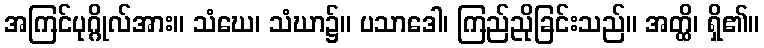
အကြင်ပုဂ္ဂိုလ်အား။ သံဃေ၊ သံဃာ၌။ ပသာဒေါ၊ ကြည်ညိုခြင်းသည်။ အတ္ထိ၊ ရှိ၏။